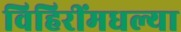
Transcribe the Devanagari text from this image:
विहिरींमधल्या